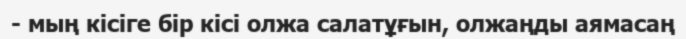
- мың кісіге бір кісі олжа салатұғын, олжаңды аямасаң